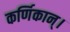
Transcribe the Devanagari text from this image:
कर्णिकान्‌।